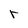
Character: r